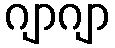
ဂျာဂျာ